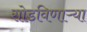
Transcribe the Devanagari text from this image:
सोडविणाऱ्या